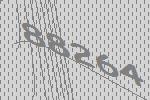
88264